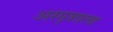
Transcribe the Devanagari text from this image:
अस्पृशाला